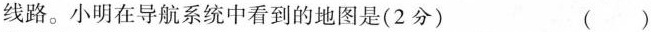
线路。小明在导航系统中看到的地图是(2分) ()